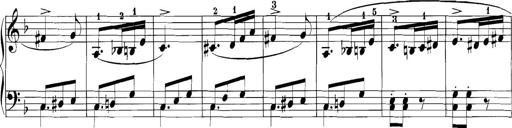
Title: 3 Sonatinas
Composer: Carl Reinecke